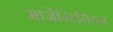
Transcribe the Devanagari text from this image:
आर्जेन्टिनियन